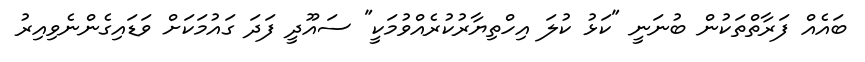
ބައެއް ފަރާތްތަކުން ބުނަނީ "ކަޅު ކުލަ އިހްތިޔާރުކުރެއްވުމަކީ" ސައޫދީ ފަދަ ގައުމަކަށް ވަޑައިގެންނެވިއިރު